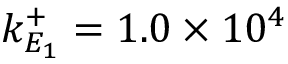
k _ { E _ { 1 } } ^ { + } = 1 . 0 \times 1 0 ^ { 4 }